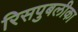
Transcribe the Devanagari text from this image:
रिसपुबलीका